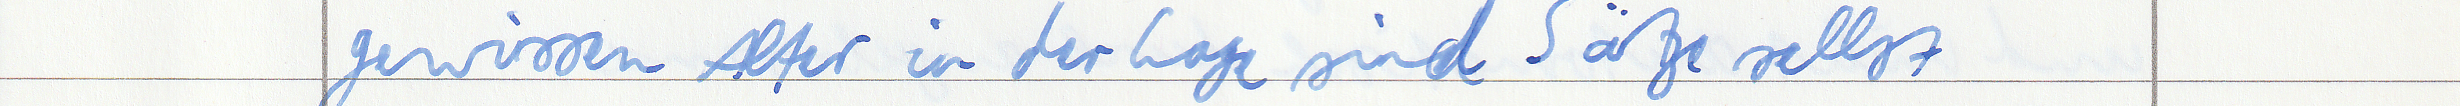
gewissen Alter in der Lage sind Sätze selbst